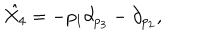
\hat { X _ { 4 } } = - p _ { 1 } \partial _ { p _ { 3 } } - \partial _ { p _ { 2 } } ,